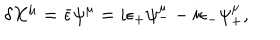
\delta X ^ { \mu } = \bar { \epsilon } \psi ^ { \mu } = i \epsilon _ { + } \psi _ { - } ^ { \mu } - i \epsilon _ { - } \psi _ { + } ^ { \mu } ,